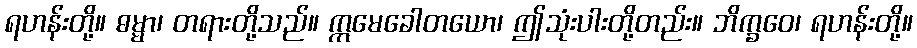
ရဟန်းတို့။ ဓမ္မာ၊ တရားတို့သည်။ ဣမေခေါတယော၊ ဤသုံးပါးတို့တည်း။ ဘိက္ခဝေ၊ ရဟန်းတို့။